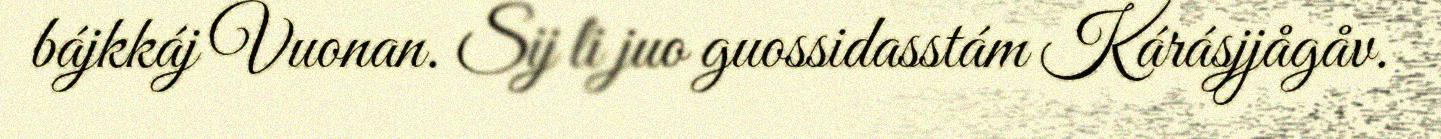
bájkkáj Vuonan. Sij li juo guossidasstám Kárásjjågåv.